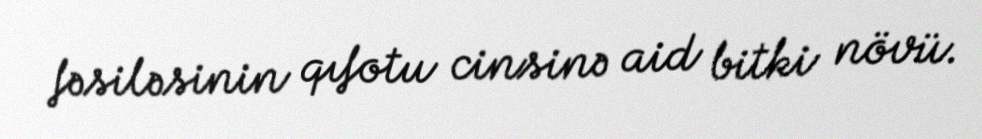
fəsiləsinin qıfotu cinsinə aid bitki növü.